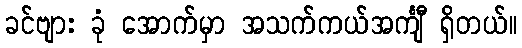
ခင်ဗျား ခုံ အောက်မှာ အသက်ကယ်အင်္ကျီ ရှိတယ်။